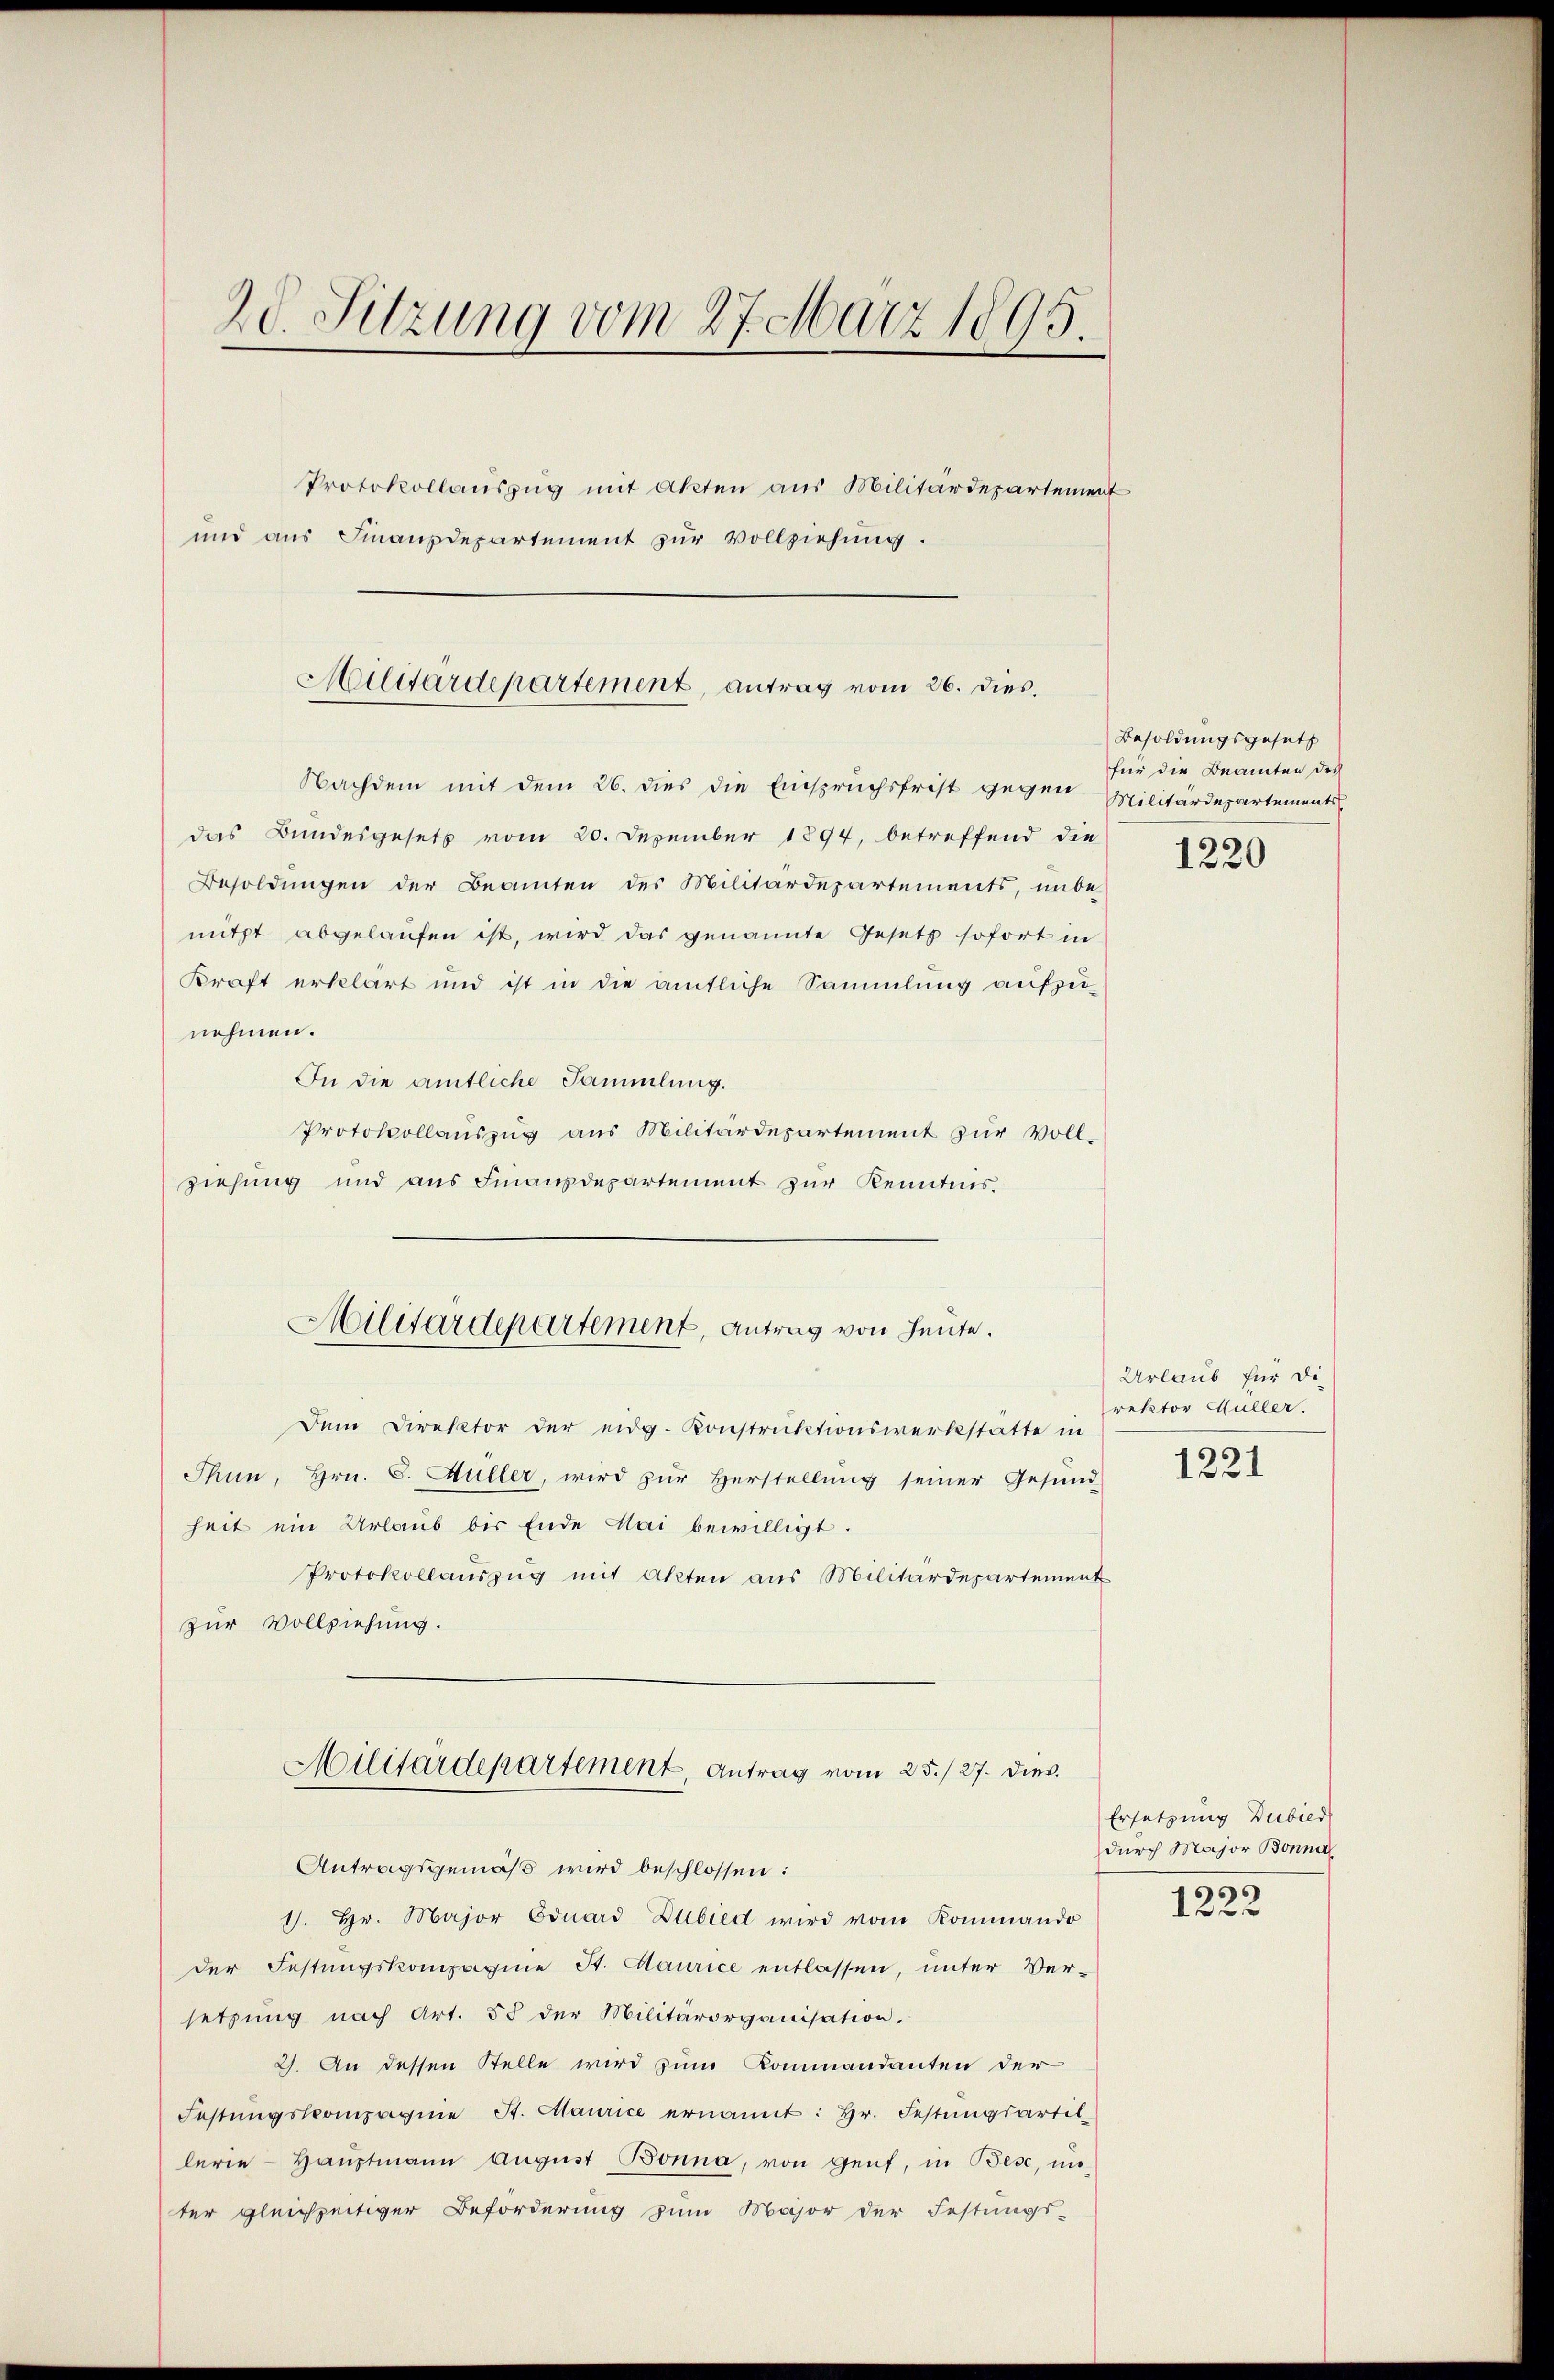
20. Sitzung vom 27. März 1895.
Protokollaŭszŭg mit Akten aus Militärdepartement
und aus Finanzdepartement zur Vollziehung.

Militärdepartement, antrag vom 26. dies.

Militärdepartement, Antrag von Heute.

Nachdem mit dem 26. dies die Einspruchsfrist gegen Militärdepartements
das Bundesgesetz vom 20. Dezember 1894, betreffend die
Besoldungen der Beamten des Militärdepartements, unbe
nitzt abgelaufen ist, wird das genannte Gesetz sofort in
Kraft erklärt und ist in die amtliche Sammlung aufzei-
nehmen.
In die amtliche Sammlung.
Protokollauszug aus Militärdepartement zur Vollziehung und aus Finanzdepartement zur Kenntnis.
Dem Direktor der eidg. Konstruktionswerkstätte in
Thun, Hrn. C. Müller, wird zŭr Herstellŭng seiner Gesund-
heit ein Urlaub bis Ende Mai bewilligt.
Protokollauszug mit Akten aus Militärdepartement
zur Vollziehung.
Militärdepartement, Antrag vom 25./27. dies
Antragsgemäß wird beschlossen:
1. Hr. Major Eduard Dubied wird vom Kommando
der Festungskomposine St. Maurice entlassen, unter Ver-
setzung nach Art. 55 der Militärorganisation.
2). An dessen Stelle wird zum Kommandanten der
Festŭngskompagnie St. Maurice ernannt: Hr. Festungsartil-
lerie Haŭptmann Aŭgŭst Bonna, von Genf, in Bese, in
ter gleichzeitiger Beforderung zum Major der Festungs-

Besoldungsgesetz
für die Beamten des

1220

Urlaub für die
rektor Müller.

1221

Ersetzung Dubied
durch Major Bonna

1222